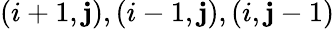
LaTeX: ({i+1,\mathbf{j}}),({i-1,\mathbf{j}}),({i,\mathbf{j}-1})